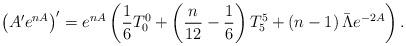
LaTeX: \begin{align*}\left( A^\prime e^{nA}\right)^\prime = e^{nA}\left( \frac{1}{6} T_0 ^0 +\left( \frac{n}{12} -\frac{1}{6}\right) T_5 ^5 +\left( n-1\right) \bar{\Lambda} e^{-2A}\right) . \end{align*}